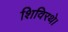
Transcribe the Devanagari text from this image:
शिविरथे।